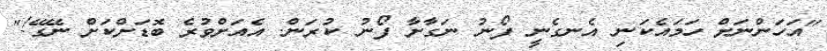
"އަހަންނަށް ހަމައެކަނި އެނގެނީ ފޯނު ނަގާށާ ފޯނު ކުރަން. އެއަށްވުރެ ބޮޑަށްކަށް ނޭގޭ!"